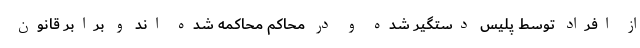
از افراد توسط پلیس دستگیر شده و در محاکم محاکمه شده اند و برابر قانون